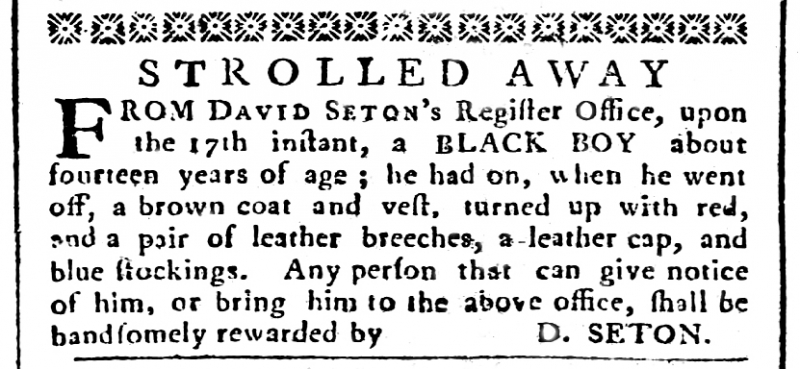
Caledonian Mercury, 27 May 1767 (Scotland)
STROLLED AWAYFROM DAVID SETON’s Register Office, upon the 17th instant, a BLACK BOY about fourteen years of age; he had on, when he went off, a brown coat and vest, turned up with red, and a pair of leather breeches, a leather cap, and blue stockings. Any person that can give notice of him, or bring him to the above office, shall be handsomely rewarded by      D.SETON.